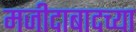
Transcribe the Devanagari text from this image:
मजीदाबादच्या